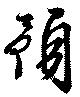
預